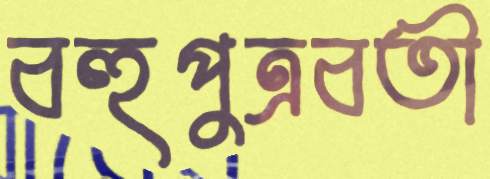
বহুপুত্রবতী